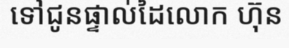
ទៅជូនផ្ទាល់ដៃលោក ហ៊ុន